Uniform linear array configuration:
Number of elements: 24
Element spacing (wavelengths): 1
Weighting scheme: uniform
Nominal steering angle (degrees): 30
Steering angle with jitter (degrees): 29.268
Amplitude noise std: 0.05
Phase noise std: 0.05

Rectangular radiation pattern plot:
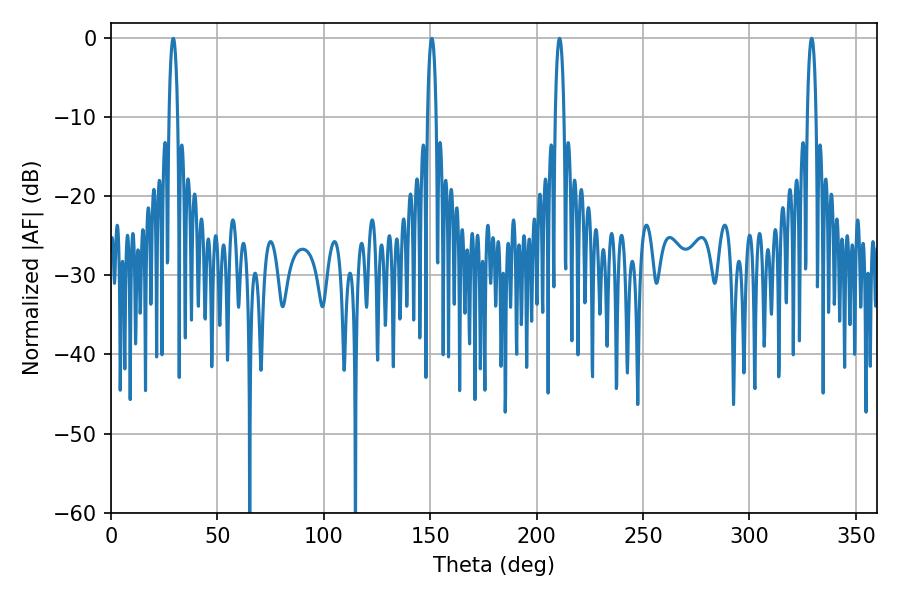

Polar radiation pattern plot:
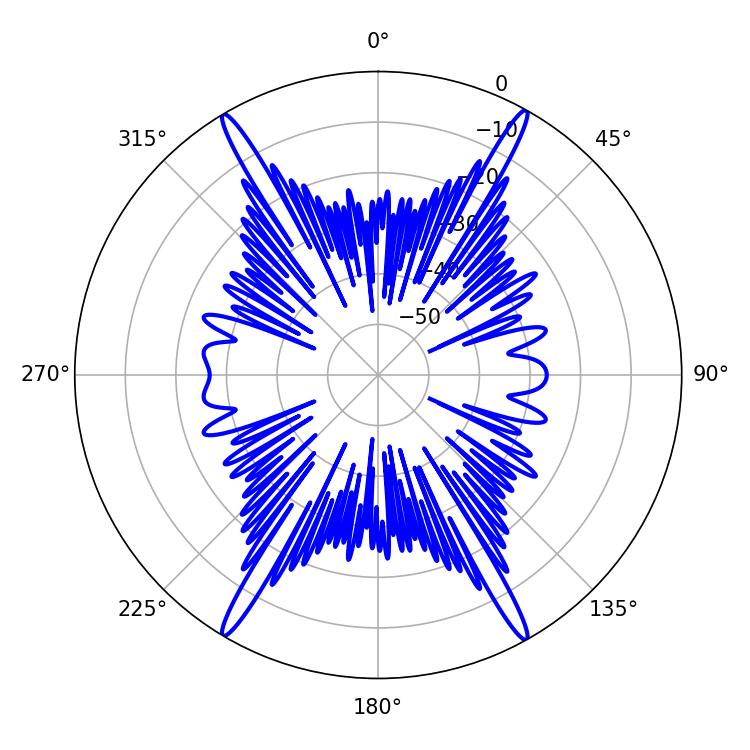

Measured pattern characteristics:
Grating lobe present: TRUE
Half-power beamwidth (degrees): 2.16
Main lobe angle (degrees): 329.22